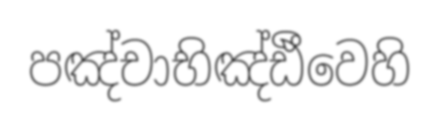
පඤ්චාභිඤ්ඪීවෙහි